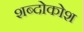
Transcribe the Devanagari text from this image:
शब्दोकोश